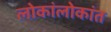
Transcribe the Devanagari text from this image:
लोकांलोकांत